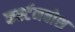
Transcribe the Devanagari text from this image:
कर्स्‍टनबोश